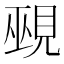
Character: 覡